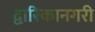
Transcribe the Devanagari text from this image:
द्वारिकानगरी